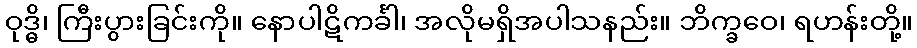
ဝုဒ္ဓိ၊ ကြီးပွားခြင်းကို။ နောပါဋိကင်္ခါ၊ အလိုမရှိအပါသနည်း။ ဘိက္ခဝေ၊ ရဟန်းတို့။